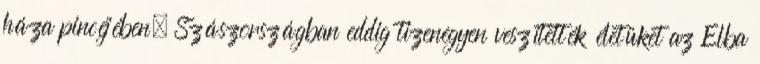
háza pincéjében. Szászországban eddig tizenegyen veszítették életüket az Elba